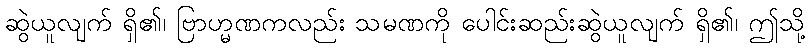
ဆွဲယူလျက် ရှိ၏၊ ဗြာဟ္မဏကလည်း သမဏကို ပေါင်းဆည်းဆွဲယူလျက် ရှိ၏၊ ဤသို့